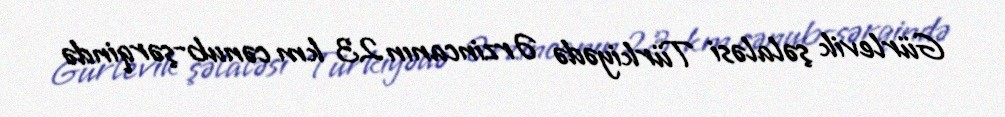
Gürlevik şəlaləsi Türkiyədə Ərzincanın 23 km cənub-şərqində